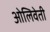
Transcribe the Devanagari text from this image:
ओलिवेती